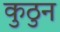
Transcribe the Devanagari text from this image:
कुठुन